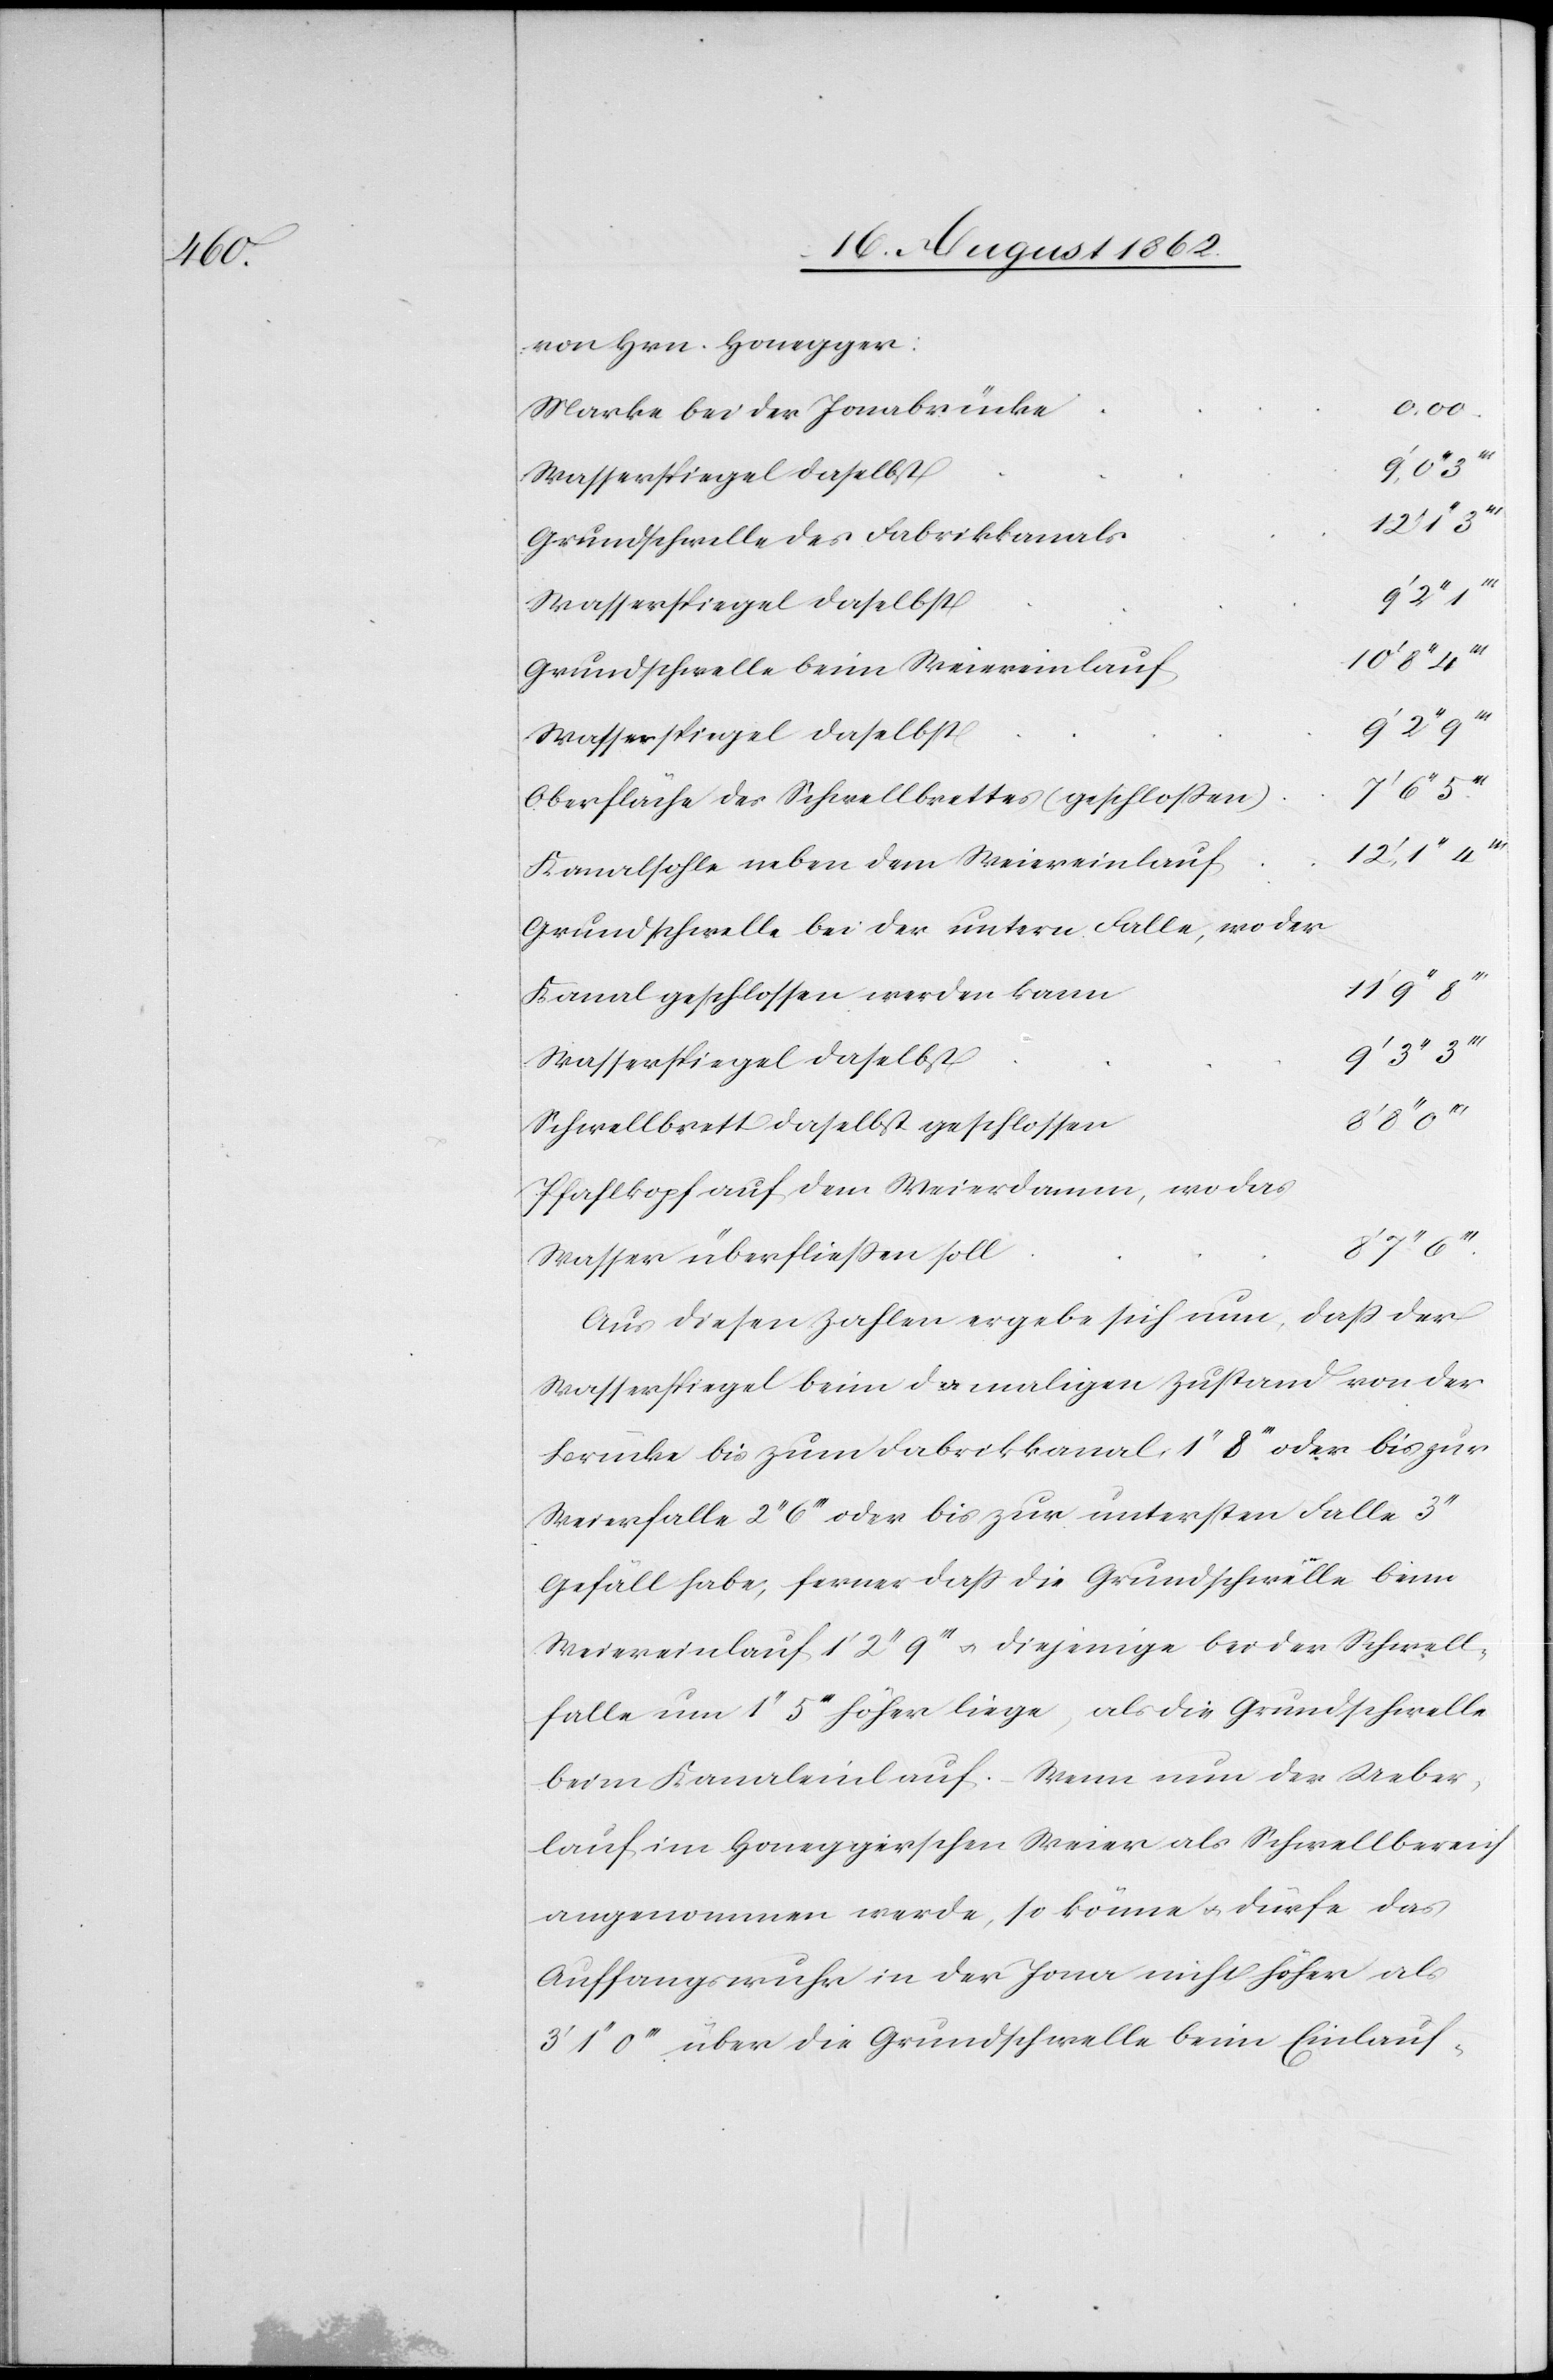
von Hrn. Honegger:
0.00
Marke bei der Jonabrücke
10’
11’
Grundschwelle des Fabrikkanals
12’
Wasserspiegel daselbst
9’
Grundschwelle beim Weiereinlauf
Oberfläche des Schwellbrettes (geschlossen)
Kanalsohle neben dem Weiereinlauf
Grundschwelle bei der untern Falle, wo der
Kanal geschlossen werden kann
Wasserspiegel daselbst
Schwellbrett daselbst geschlossen
Pfahlkopf auf dem Weierdamm, wo das
Wasser überfließen soll
Aus diesen Zahlen ergebe sich nun, daß der
Wasserspiegel beim damaligen Zustand von der
Brücke bis zum Fabrikkanal 1’’ 8’’’ oder bis zur
Weierfalle 2’’ 6’’’ oder bis zur untersten Falle 3’’
Gefäll habe, ferner daß die Grundschwelle beim
Weiereinlauf 1’ 2’’ 9’’’ u. diejenige bei der Schwell¬
falle um 1’’ 5’’’ höher liege, als die Grundschwelle
beim Kanaleinlauf. Wenn nun der Ueber¬
lauf im Honeggerschen Weier als Schwellbereich
angenommen werde, so könne u. dürfe das
Auffangswuhr in der Jona nicht höher als
3’ 1’’ 0’’’ über die Grundschwelle beim Einlauf-